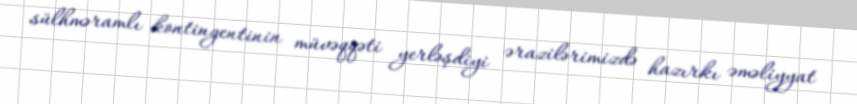
sülhməramlı kontingentinin müvəqqəti yerləşdiyi ərazilərimizdə hazırkı əməliyyat